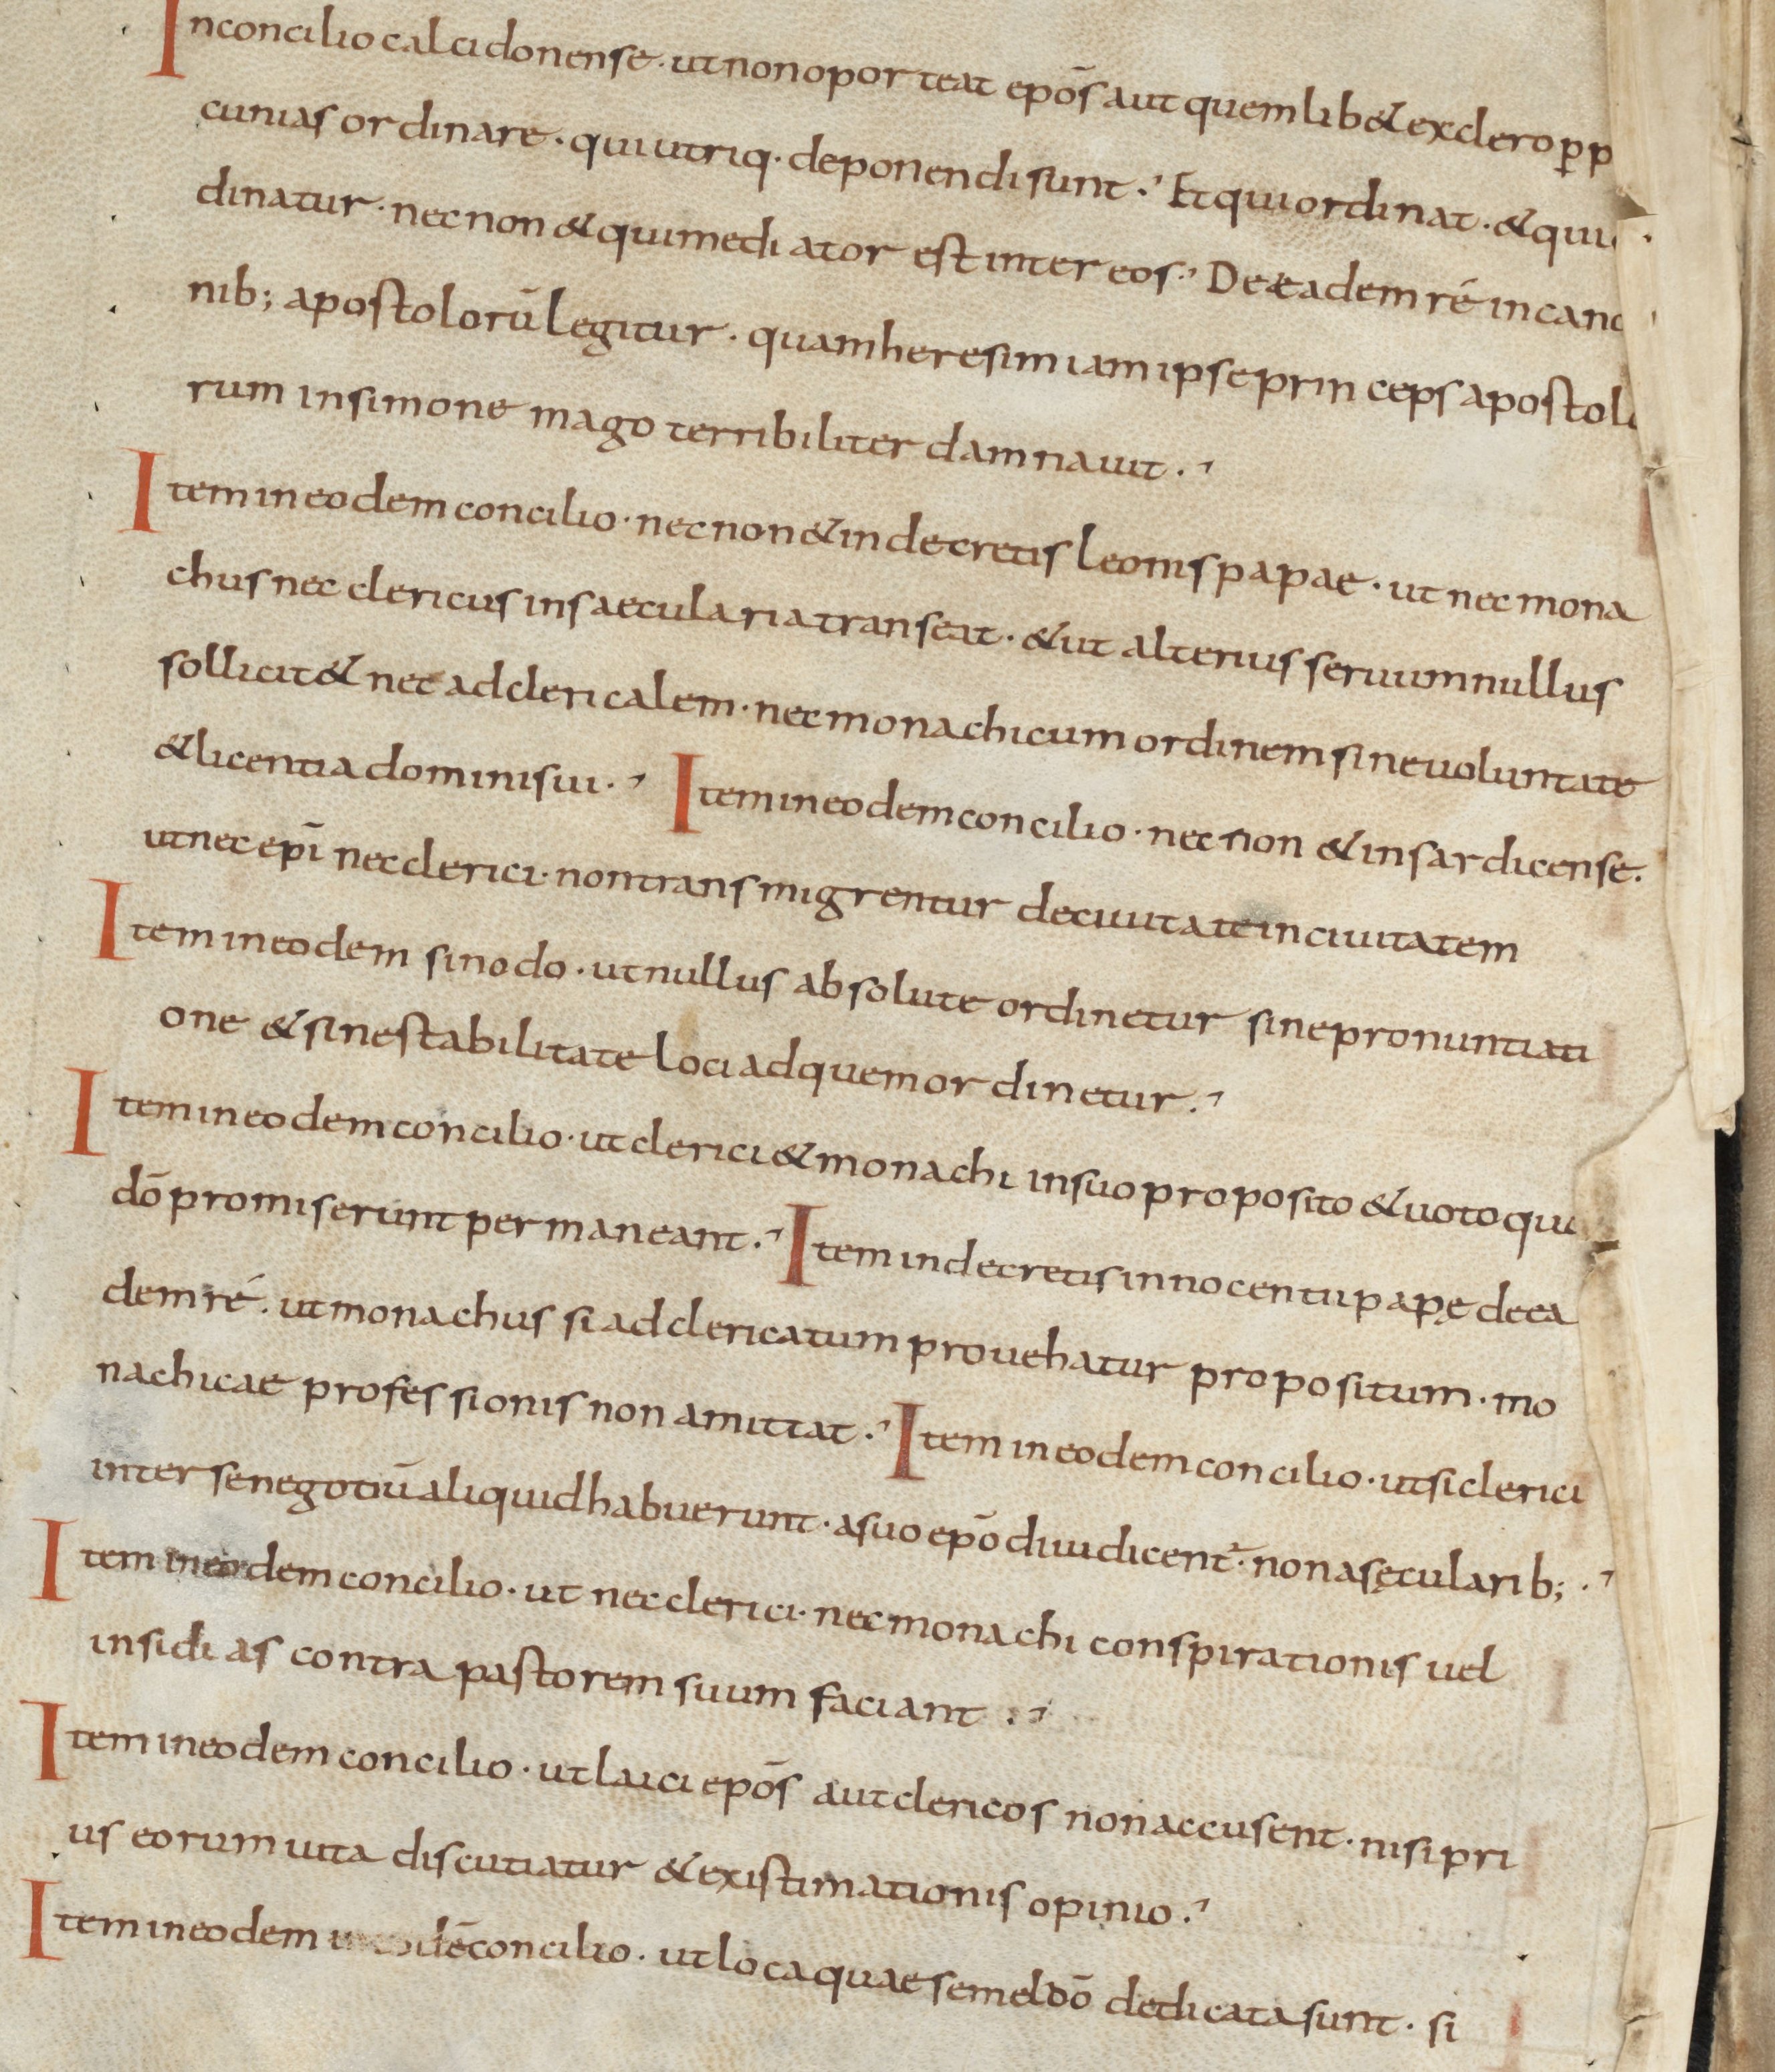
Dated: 900–999